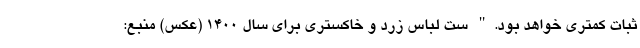
ثبات کمتری خواهد بود." ست لباس زرد و خاکستری برای سال 1400 (عکس) منبع: